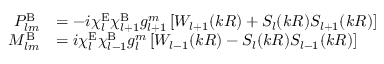
\begin{array} { r l } { P _ { l m } ^ { \mathrm { B } } } & { = - i \chi _ { l } ^ { \mathrm { E } } \chi _ { l + 1 } ^ { \mathrm { B } } g _ { l + 1 } ^ { m } \left[ W _ { l + 1 } ( k R ) + S _ { l } ( k R ) S _ { l + 1 } ( k R ) \right] } \\ { M _ { l m } ^ { \mathrm { B } } } & { = i \chi _ { l } ^ { \mathrm { E } } \chi _ { l - 1 } ^ { \mathrm { B } } g _ { l } ^ { m } \left[ W _ { l - 1 } ( k R ) - S _ { l } ( k R ) S _ { l - 1 } ( k R ) \right] } \end{array}